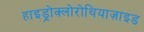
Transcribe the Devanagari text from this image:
हाइड्रोक्लोरोथियाज़ाइड